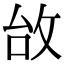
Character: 𢼉